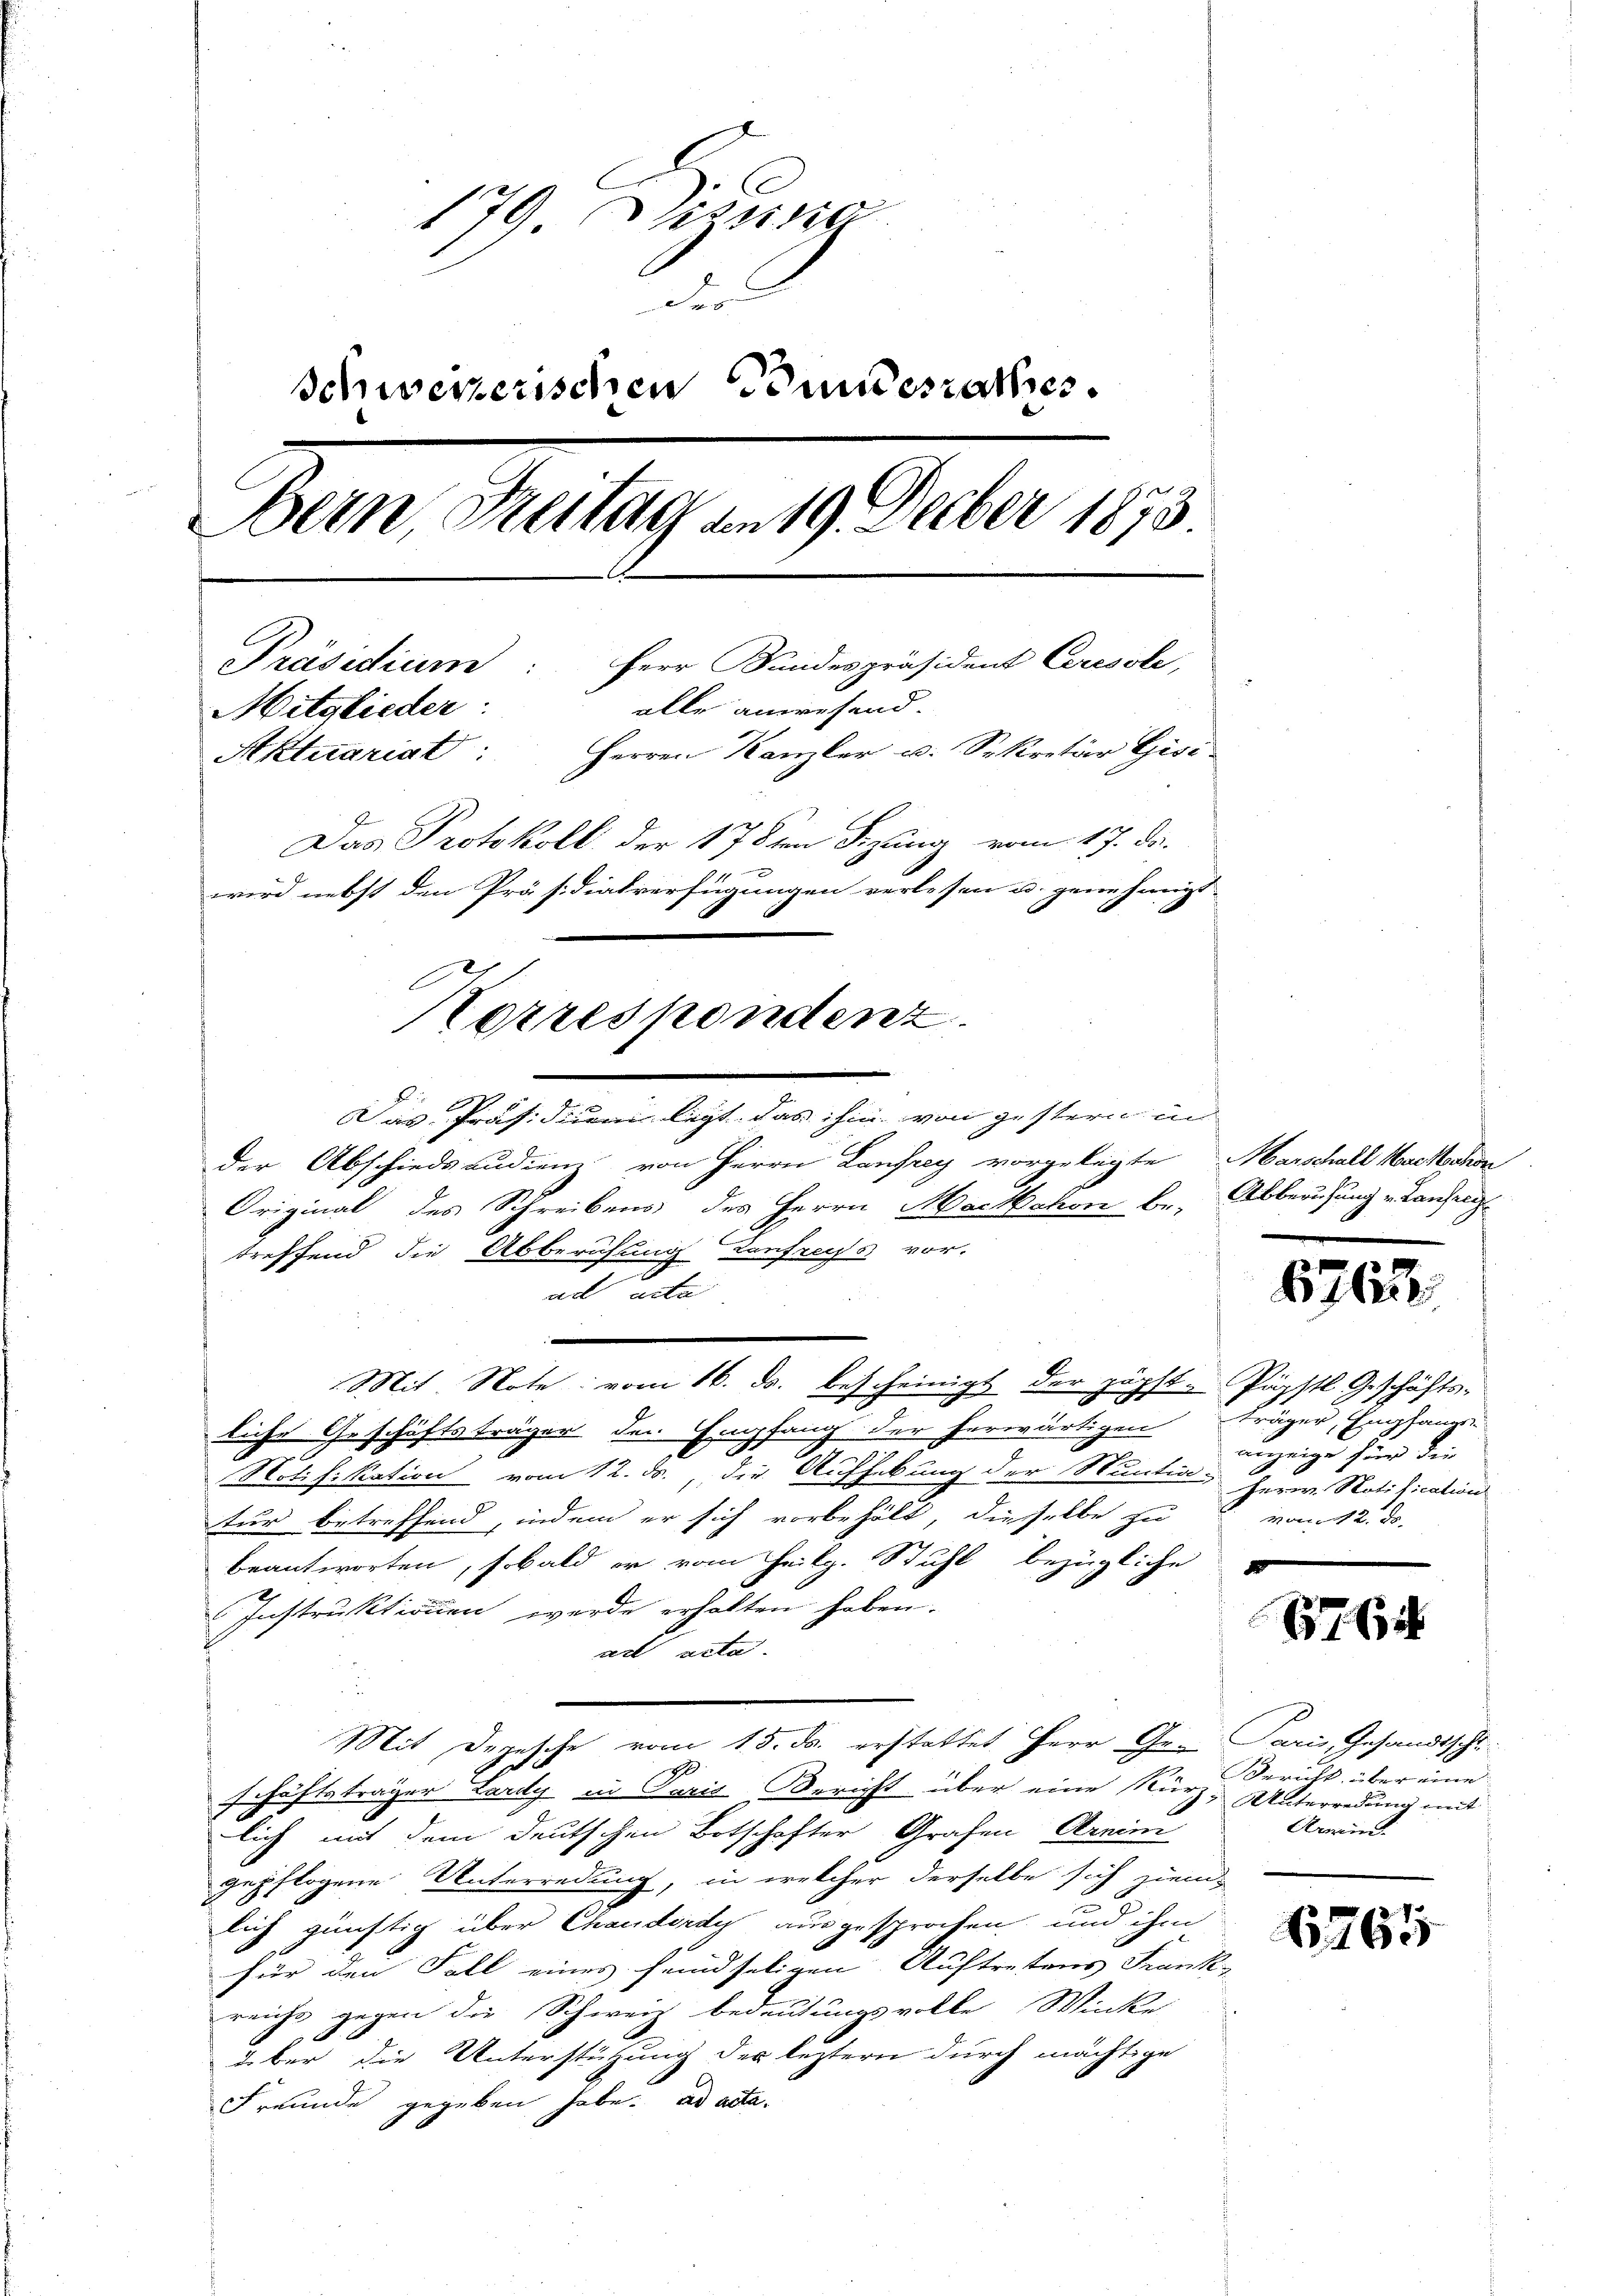
179 Disse
der
Schweizerischen Bundesrathes.
Bern, Freitag an 19. Decber 1873
Präsidium: Herr Bundespräsident Ceresole,
alle anwesend.
Mitglieder:
Aktuariat: Herren Kanzler u. Sekretär Gisi-
Das Protokoll der 178ten Sizung vom 17. d.
wird nebst den Präsidialverfügungen verlesen u. genehmigt.
Korrespondenz.

der Abschiedsaudien von Herrn Lanfrey vorgelegte Marschall Marschon
Original des Schreibens des Herrn Mackehon be- Abberufung v. Kanzeig
treffend die Abberufung Konfruchs vor-
e
ad acta
.
Mit Note vom 16. ds. bescheinigt der zögst-Päpstl Geschäfts-
liche Geschäftsträger den Empfang der herwärtigen träger, Empfange
Notifikation vom 12. ds., die Aufhebung der Stuntia Herr. Notification
tur betreffend, indem er sich vorbehält, dieselbe zu
beantworten, sobald er vom Heilg. Stuhl bezügliche
Instruktionen werde erhalten haben.
ad acta.
Mit Depesche vom 15. ds. erstattet Herr Gr. Paris, Gesandtschl
schäftsträger Lardy in Paris Bericht über eine Kurz Gericht über eine
lich mit dem deutschen Botschafter Grafen Arnim
gepflogene Unterredung, in welcher derselbe sich ziem
lich günstig über Chauderdy ausgesprochen und ihm
für den Fall eines feindseligen Auftretens Frank-
reichs gegen die Schweiz bedeutungsvolle Winke
über die Unterstützung des leztern durch mächtige
Freunde gegeben habe. ad acta.

Das Präsidium legt, das ihm von gestern in

6763

anzeige für die
von 2. ds.

1761

Unterredung mit
Arrin.

61761